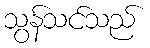
သွန်သင်သည်